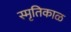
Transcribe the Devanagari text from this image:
स्मृतिकाळ